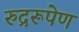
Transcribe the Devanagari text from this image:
रुद्ररूपेण